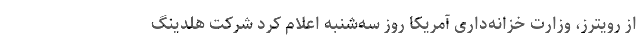
از رویترز، وزارت خزانه‌داری آمریکا روز سه‌شنبه اعلام کرد شرکت هلدینگ